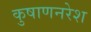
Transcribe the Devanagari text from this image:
कुषाणनरेश